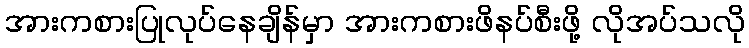
အားကစားပြုလုပ်နေချိန်မှာ အားကစားဖိနပ်စီးဖို့ လိုအပ်သလို